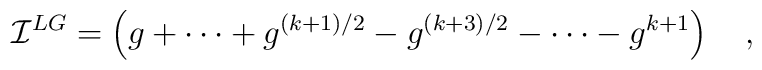
{\cal I}^{LG} =\left(g + \cdots + g^{(k+1)/2} - g^{(k+3)/2}- \cdots -g^{k+1}\right)\quad,